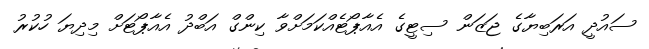
ސައުދީ އަރަބިޔާގެ ޖަޒަން ސިޓީގެ އެއާޕޯޓެއްކަމަށްވާ ކިންގް އަބްދު އެއާޕޯޓަށް މިދިޔަ ހުކުރު